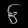
Digit: ၆